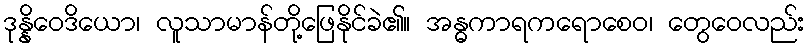
ဒုန္နိဝေဒိယော၊ လူသာမာန်တို့ဖြေနိုင်ခဲ၏။ အန္ဓကာရကရောစေဝ၊ တွေဝေလည်း